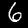
Digit: 6